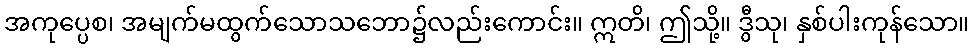
အကုပ္ပေစ၊ အမျက်မထွက်သောသဘော၌လည်းကောင်း။ ဣတိ၊ ဤသို့။ ဒွီသု၊ နှစ်ပါးကုန်သော။